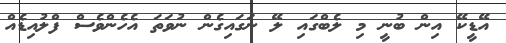
އޭޑީކޭ އިން ބުނީ މި ލެބްގައި ލޭ ނަގައިގެން ނުވަތަ އެހެންވެސް ފްލުއިޑެއް